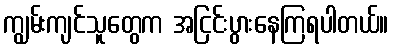
ကျွမ်းကျင်သူတွေက အငြင်းပွားနေကြရပါတယ်။